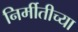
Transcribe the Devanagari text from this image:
निर्मीतीच्या